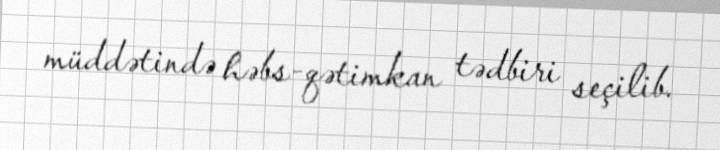
müddətində həbs-qətimkan tədbiri seçilib.